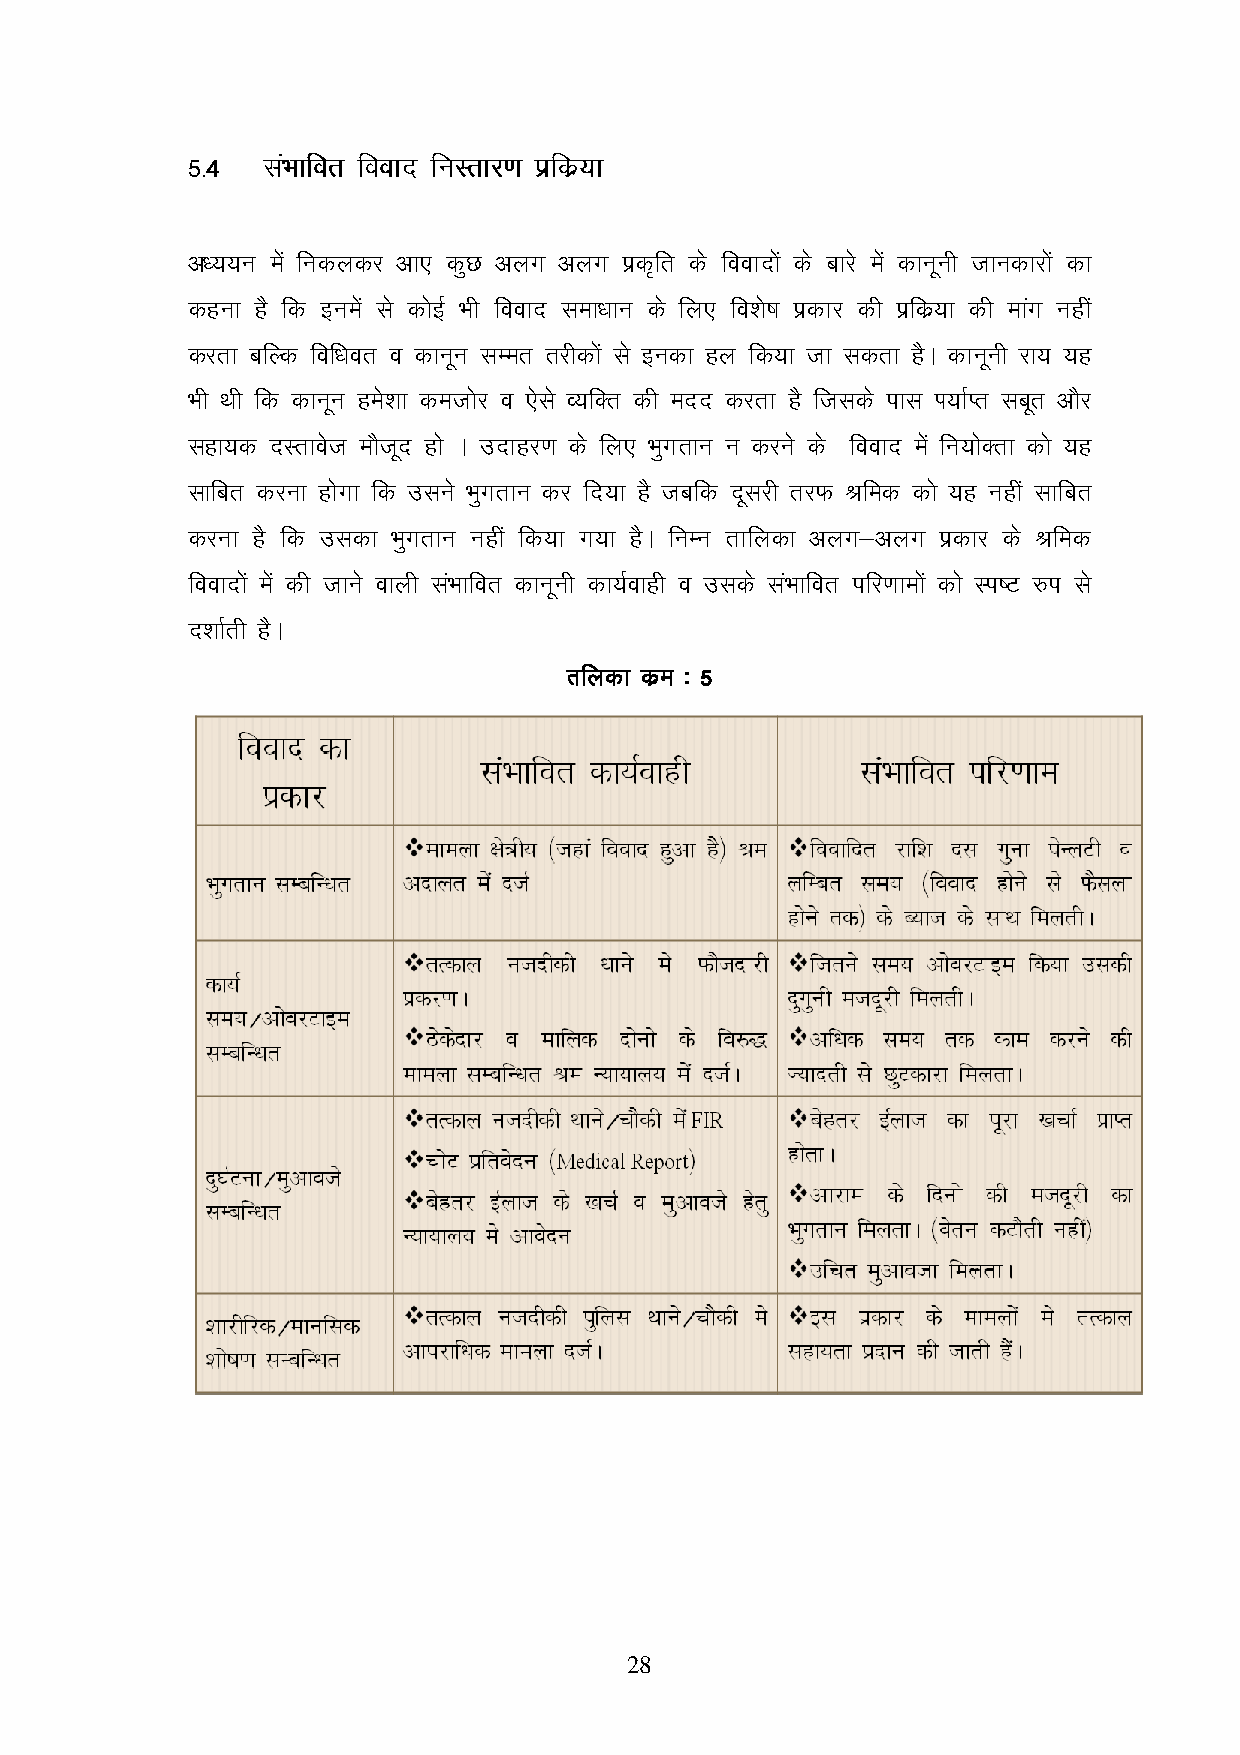
5555----4444 llllaaHHaaHHkkkkkkkkffffoooorrrr ffffooooooookkkknnnn ffffuuuuLLLLrrrrkkkkjjjj....kkkk iiiizzffzzffddddzz;;zz;;kkkk
 v/;;u esa fudydj vk, dqN vyx vyx izd`fr ds fooknksa ds ckjs esa dkuwuh tkudkjksa dk
 dguk gS fd buesa ls dksbZ Hkh fookn lek/kku ds fy, fo’ks"k izdkj dh izfdz;k dh ekax ugha
 djrk cfYd fof/kor o dkuwu lEer rjhdksa ls budk gy fd;k tk ldrk gSA dkuwuh jk; ;g
 Hkh Fkh fd dkuwu ges’kk detksj o ,sls O;fDr dh enn djrk gS ftlds ikl Ik;kZIr lcwr vkSj
 lgk;d nLrkost ekStwn gks A mnkgj.k ds fy, Hkqxrku u djus ds fookn esa fu;ksDrk dks ;g
 lkfcr djuk gksxk fd mlus Hkqxrku dj fn;k gS tcfd nwljh rjQ Jfed dks ;g ugha lkfcr
 djuk gS fd mldk Hkqxrku ugha fd;k x;k gSA fuEu rkfydk vyx&vyx izdkj ds Jfed
 fooknksa esa dh tkus okyh laHkkfor dkuwuh dk;Zokgh o mlds laHkkfor ifj.kkeksa dks Li"V #i ls
 n’kkZrh gSA
 RRRRkkkkffffyyyyddddkkkk ddddzzeezzee %%%% 5555
 28